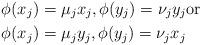
LaTeX: \begin{align*}&\phi(x_j)= \mu_j x_j, \phi(y_j)= \nu_j y_j \mbox{or} \\&\phi(x_j)= \mu_j y_j, \phi(y_j)= \nu_j x_j\end{align*}